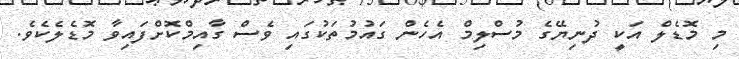
މި މޮޑެލް އަކީ ދުނިޔޭގެ މުސްލިމް އެހެން ގައުމުތަކުގައި ވެސް ގާއިމްކޮށްފައިވާ މޮޑެލެކެވެ.